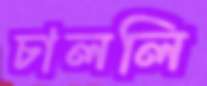
চাললি